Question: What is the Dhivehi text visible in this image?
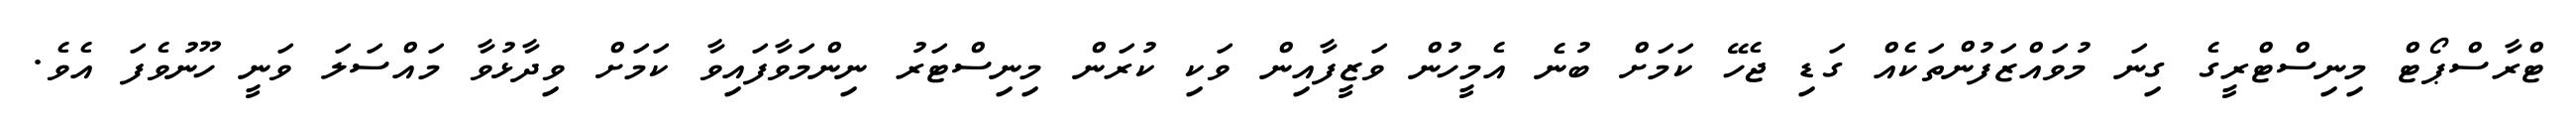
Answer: ޓްރާސްޕޯޓް މިނިސްޓްރީގެ ގިނަ މުވައްޒަފުންތަކެއް ގަޑި ޖެހޭ ކަމަށް ބުނެ އެމީހުން ވަޒީފާއިން ވަކި ކުރަން މިނިސްޓަރު ނިންމަވާފައިވާ ކަމަށް ވިދާޅުވާ މައްސަލަ ވަނީ ހޫނުވެފަ އެވެ.